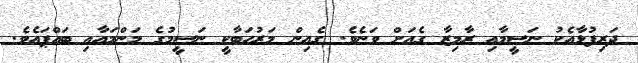
ދަރިފުޅާއެކު ނަސީމާއި ރާމިޒާ ގެއަށް ވަނެވެ. ގެއިން މަރުހަބާކީ ނަސީމުގެ މަންމައާއި ބައްޕައެވެ.